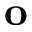
\mathbf { o }